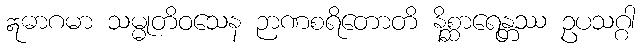
ဣဓာဂမာ သမ္မုတိဝသေန ဉာဏစရိတောတိ နိစ္ဆာရေန္တဿ ဥပသဂ္ဂါ